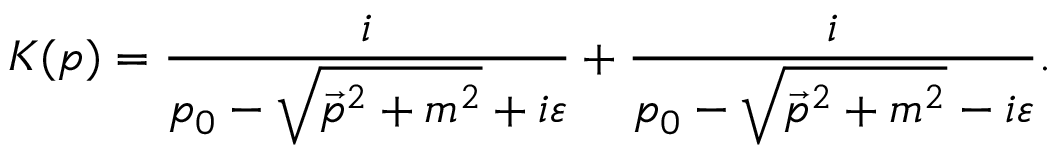
K ( p ) = { \frac { i } { p _ { 0 } - { \sqrt { { \vec { p } } ^ { 2 } + m ^ { 2 } } } + i \varepsilon } } + { \frac { i } { p _ { 0 } - { \sqrt { { \vec { p } } ^ { 2 } + m ^ { 2 } } } - i \varepsilon } } .